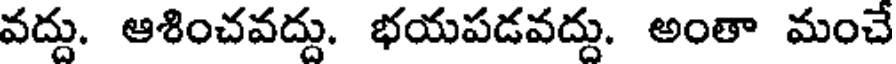
వద్దు. ఆశించవద్దు. భయపడవద్దు. అంతా మంచే